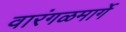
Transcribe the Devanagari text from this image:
वारंगळमार्गे